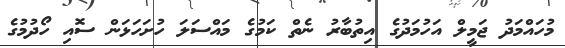
މުހައްމަދު ޖަމީލް އަހުމަދުގެ އިތުބާރު ނެތް ކަމުގެ މައްސަލަ ހުށަހަޅަން ސޮއި ހޯދުމުގެ